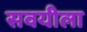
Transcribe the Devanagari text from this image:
सवयीला